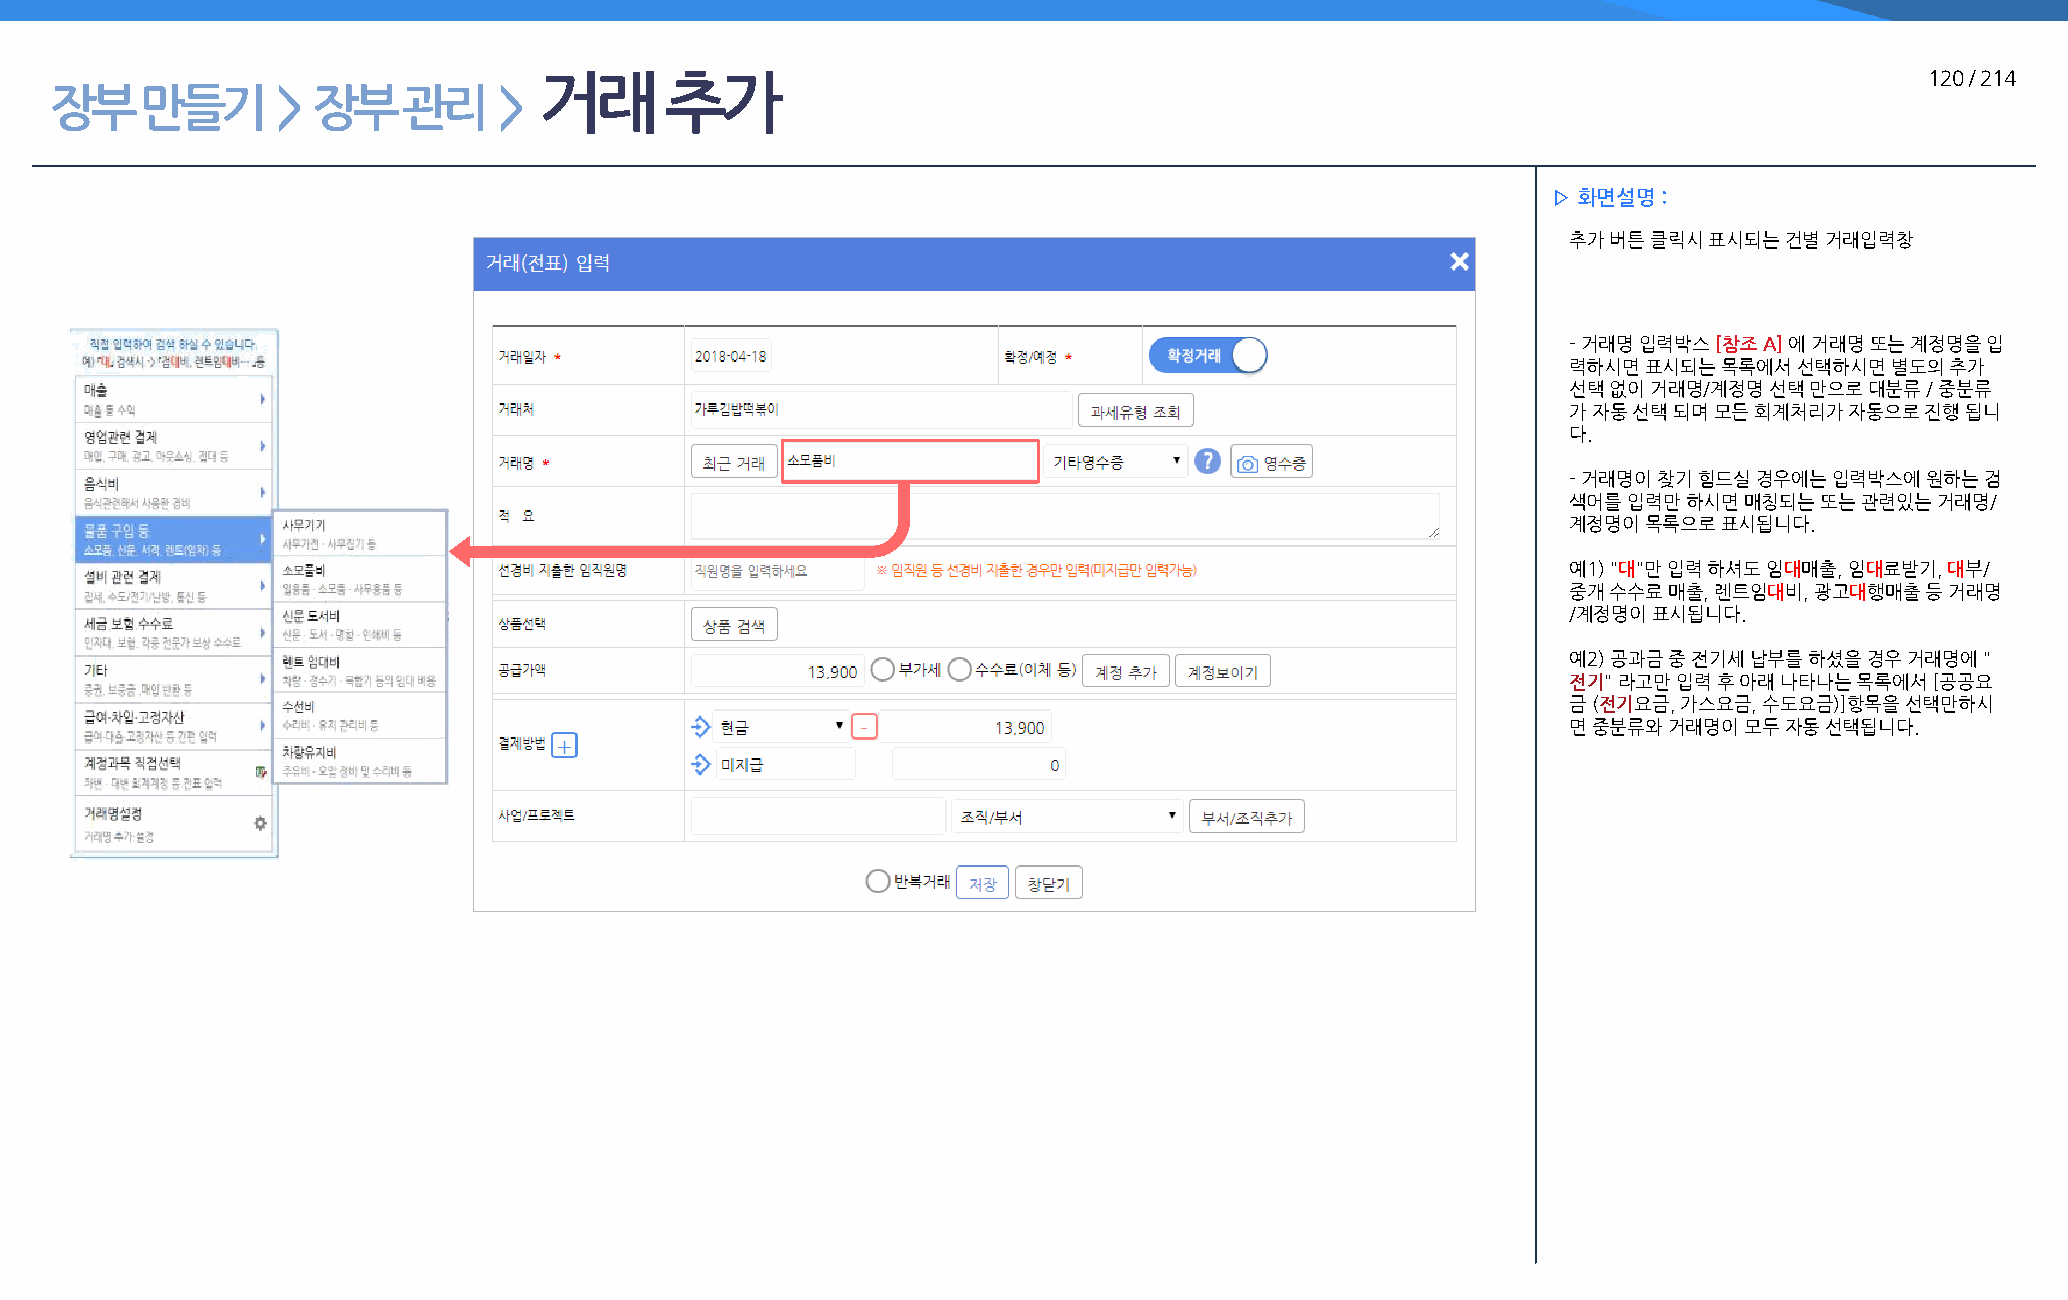
거래      추가                                                                                  120 / 214
 장부    만들기      >  장부    관리    >
 ▷ 화면설명 :
 추가 버튼 클릭시 표시되는 건별 거래입력창
 - 거래명 입력박스 [참조 A] 에 거래명 또는 계정명을 입
 력하시면 표시되는 목록에서 선택하시면 별도의 추가
 선택 없이 거래명/계정명 선택 만으로 대분류 / 중분류
 가 자동 선택 되며 모든 회계처리가 자동으로 진행 됩니
 다.
 - 거래명이 찾기 힘드실 경우에는 입력박스에 원하는 검
 색어를 입력만 하시면 매칭되는 또는 관련있는 거래명/
 계정명이 목록으로 표시됩니다.
 예1) "대"만 입력 하셔도 임대매출, 임대료받기, 대부/
 중개 수수료 매출, 렌트임대비, 광고대행매출 등 거래명
 /계정명이 표시됩니다.
 예2) 공과금 중 전기세 납부를 하셨을 경우 거래명에 "
 전기" 라고만 입력 후 아래 나타나는 목록에서 [공공요
 금 (전기요금, 가스요금, 수도요금)]항목을 선택만하시
 면 중분류와 거래명이 모두 자동 선택됩니다.